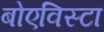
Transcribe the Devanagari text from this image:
बोएविस्टा